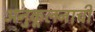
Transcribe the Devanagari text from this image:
अनुकूलनाची